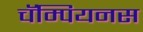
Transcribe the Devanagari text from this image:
चॅम्पियनस